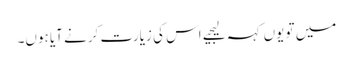
میں تو یوں کہہ لیجیے اس کی زیارت کرنے آیا ہوں۔